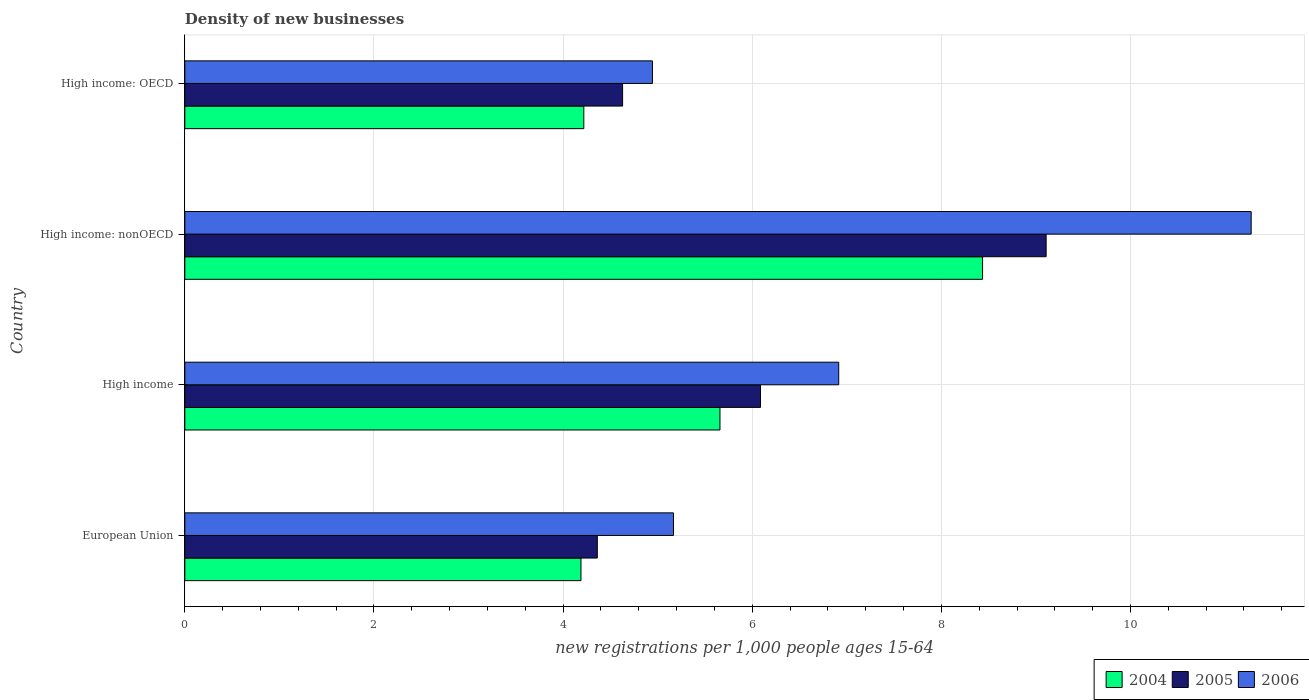
| Country | 2004 | 2005 | 2006 |
 | --- | --- | --- | --- |
 | European Union | 4.19 | 4.36 | 5.17 |
 | High income | 5.66 | 6.09 | 6.91 |
 | High income: nonOECD | 8.44 | 9.11 | 11.3 |
 | High income: OECD | 4.22 | 4.63 | 4.94 |